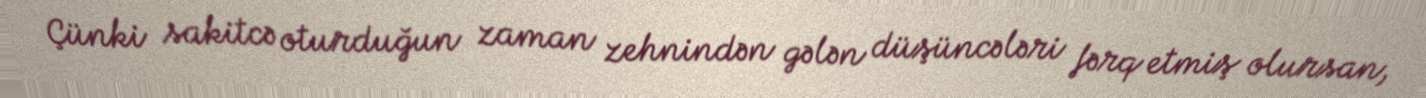
Çünki sakitcə oturduğun zaman zehnindən gələn düşüncələri fərq etmiş olursan,